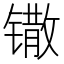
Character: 𫔌